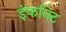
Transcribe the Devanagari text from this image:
इंफनिट